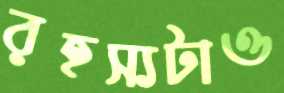
রহস্যটাও